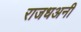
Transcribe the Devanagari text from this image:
राजधअनी